DOW-UAP-D48, Department of the Air Force Report, 1996
Agency: Department of War
Incident date: 9/10/96
Page 106
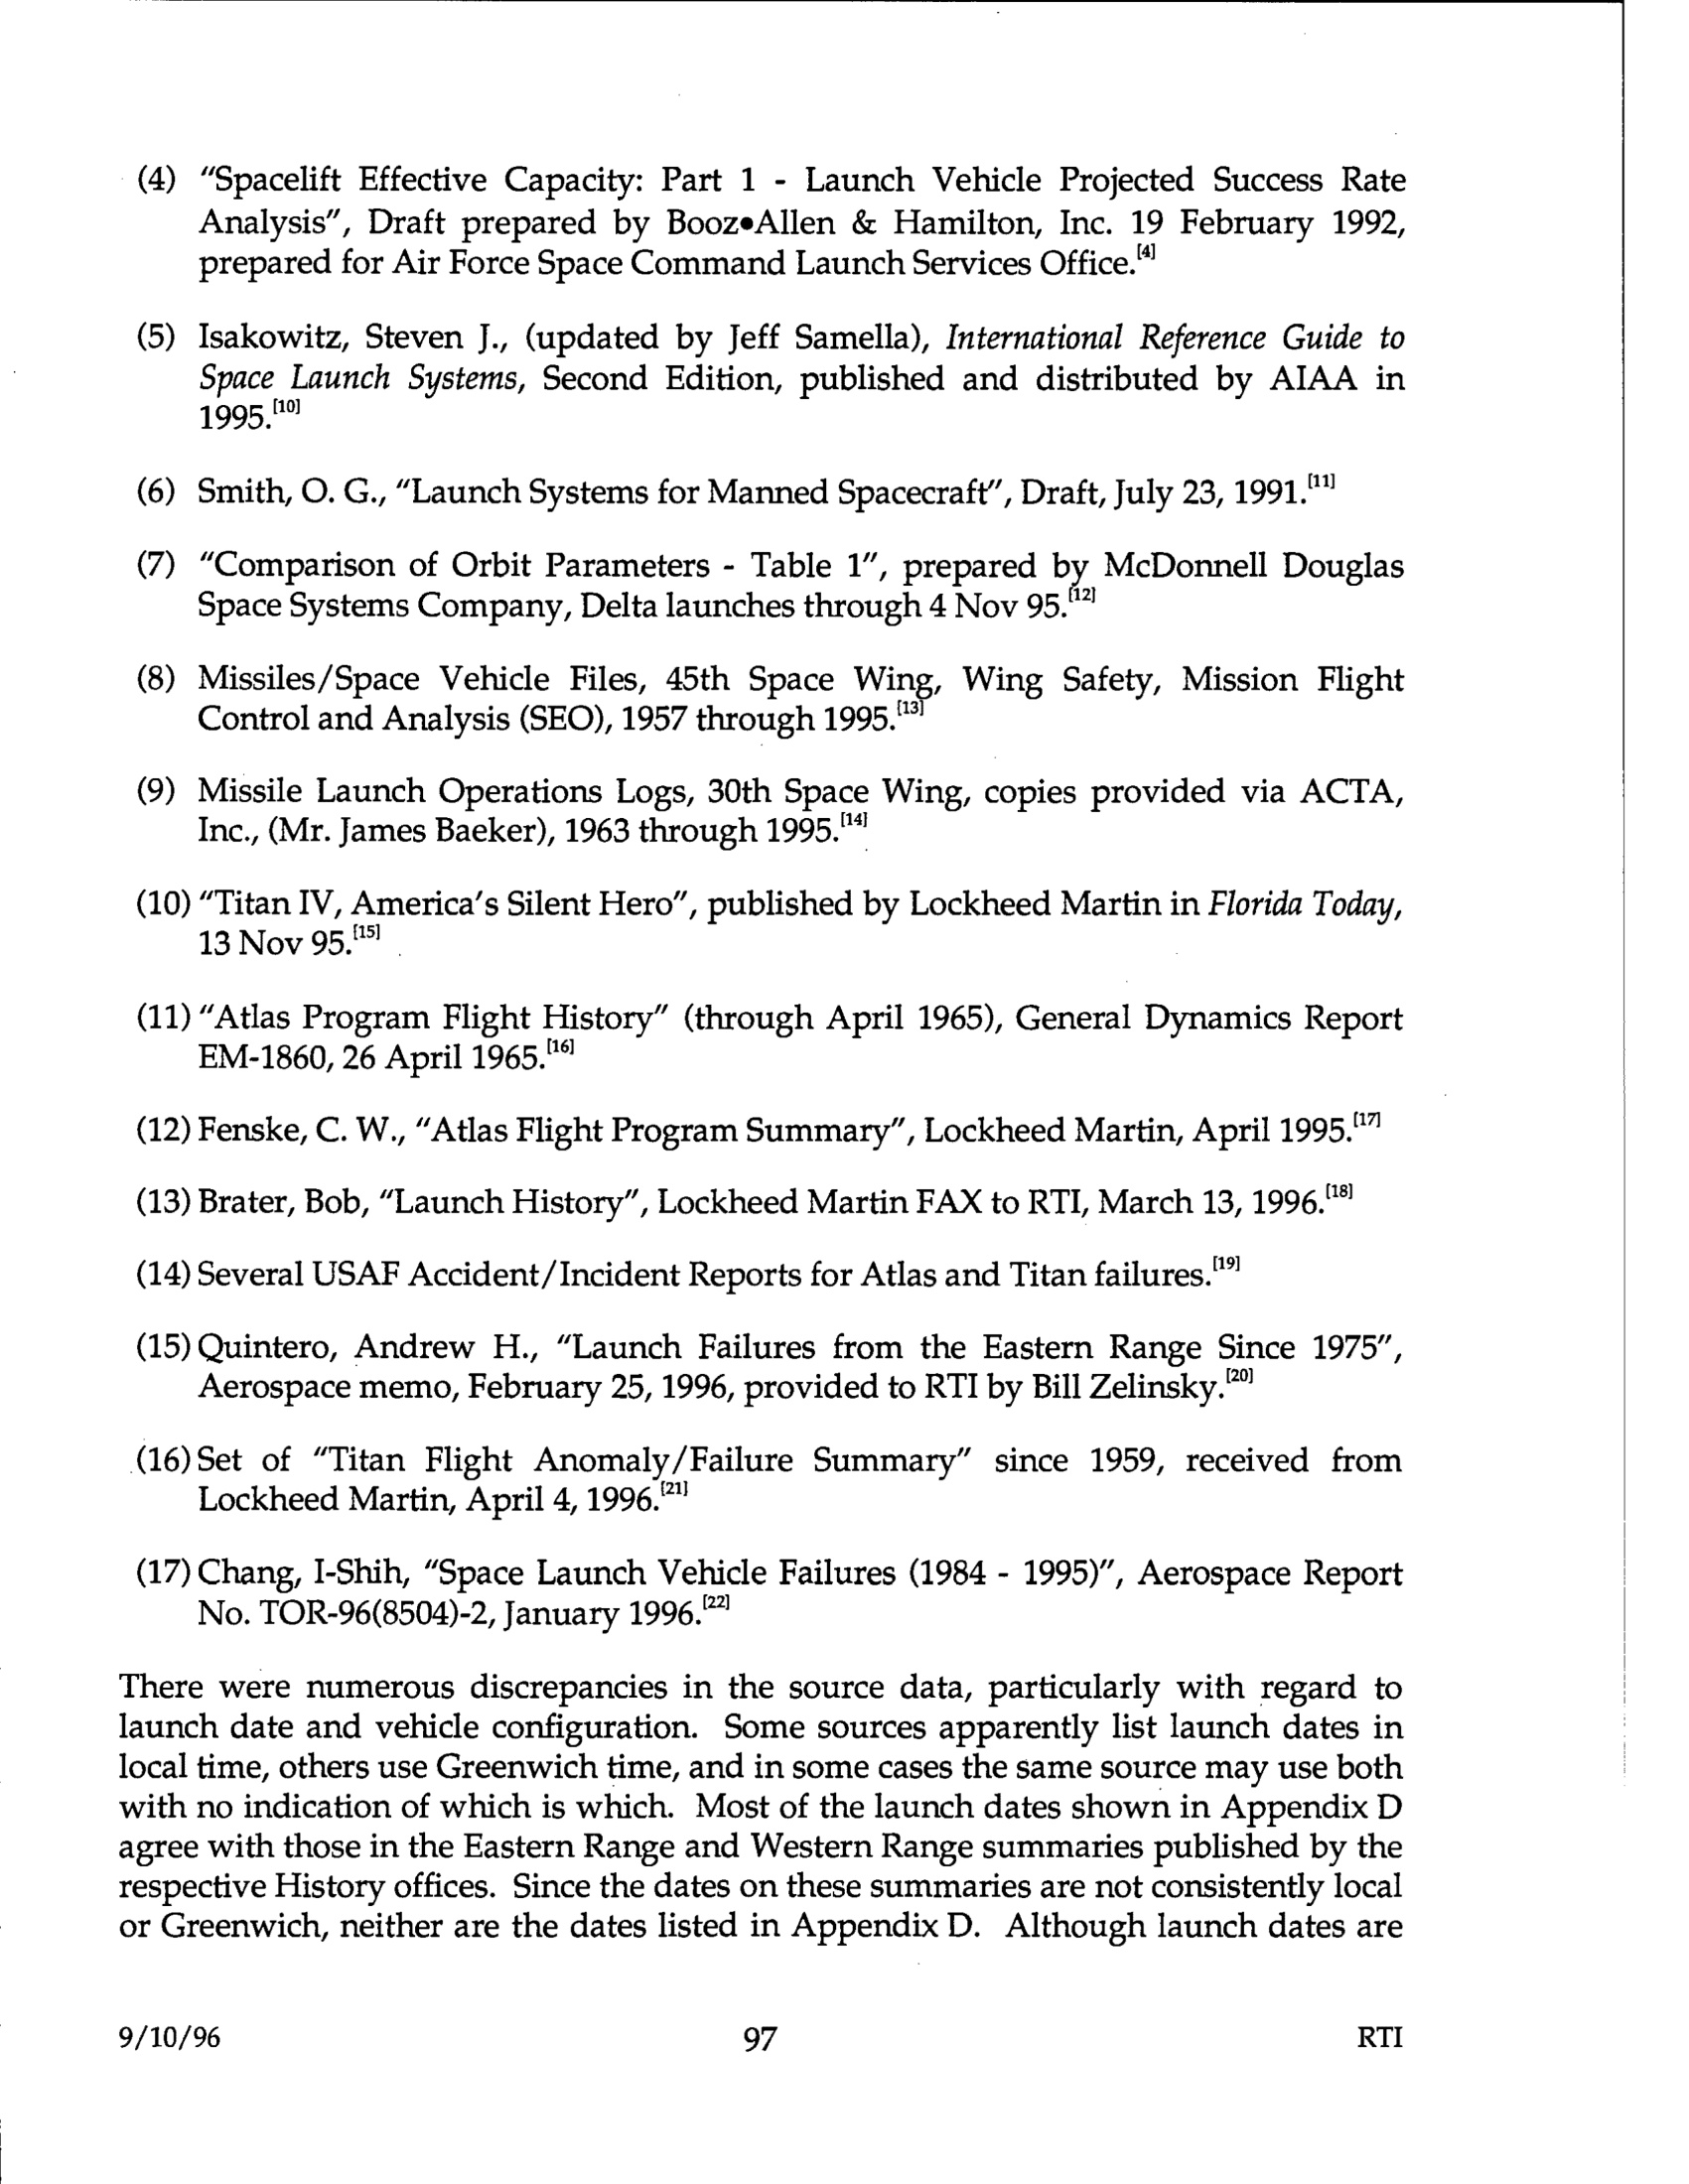